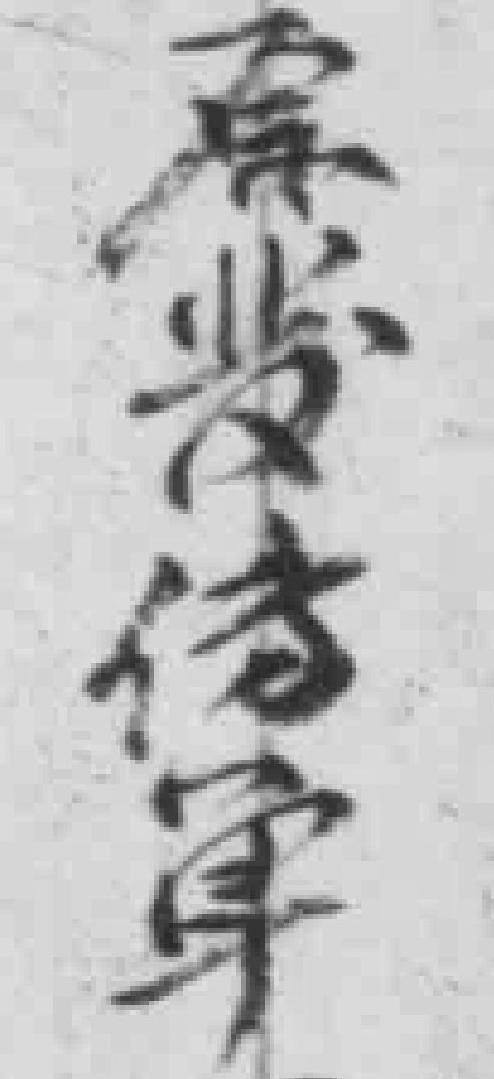
原發傳單